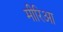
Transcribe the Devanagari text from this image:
मीरिआ